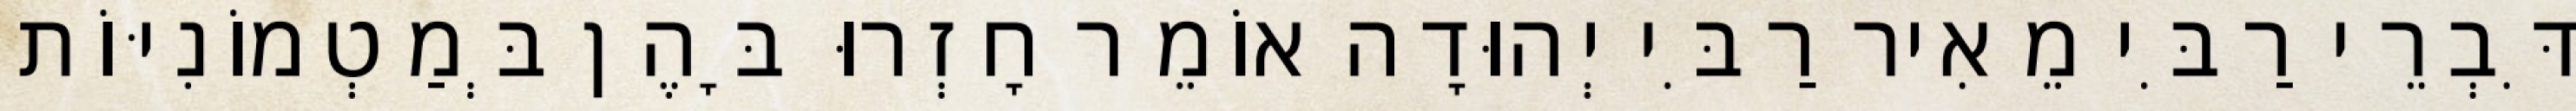
דִּבְרֵי רַבִּי מֵאִיר רַבִּי יְהוּדָה אוֹמֵר חָזְרוּ בָּהֶן בְּמַטְמוֹנִיּוֹת